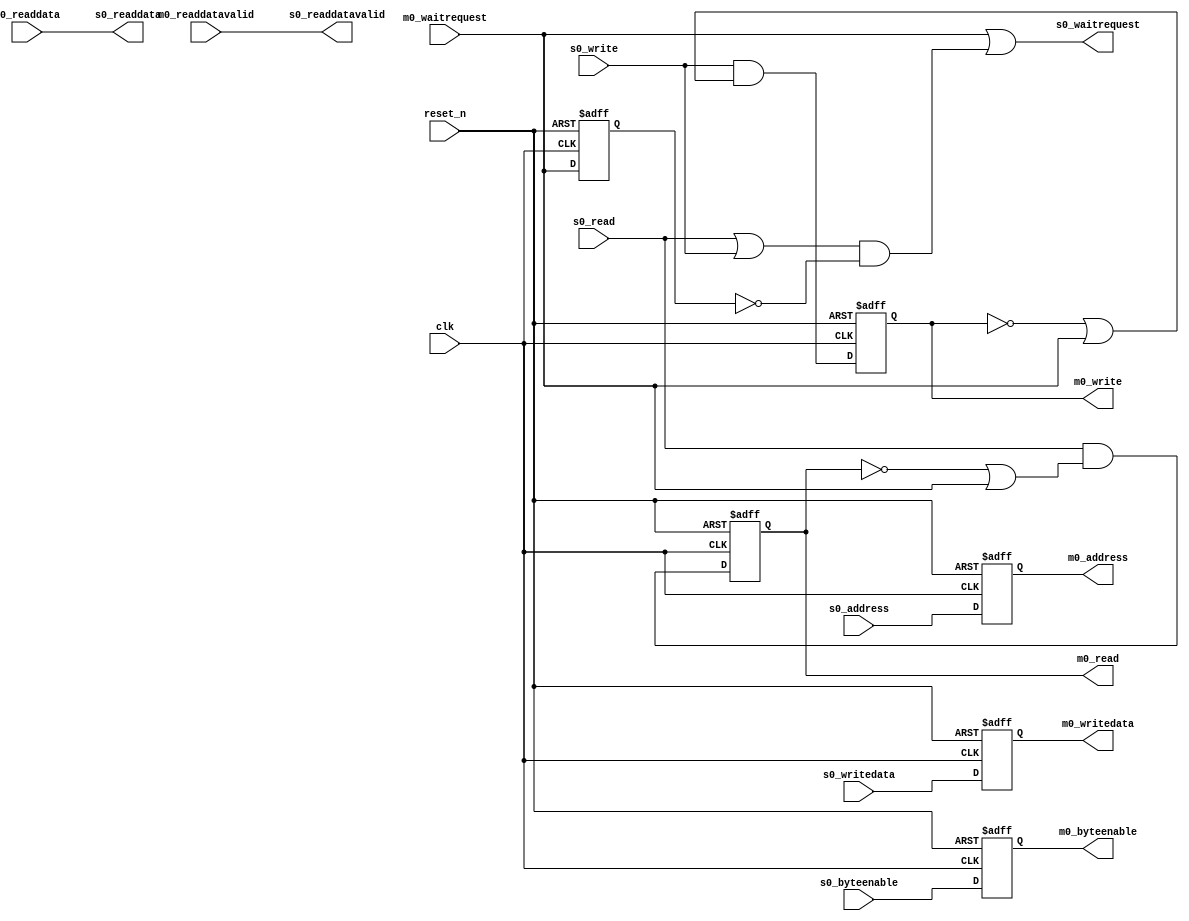
// (C) 2001-2017 Intel Corporation. All rights reserved.
// Your use of Intel Corporation's design tools, logic functions and other 
// software and tools, and its AMPP partner logic functions, and any output 
// files any of the foregoing (including device programming or simulation 
// files), and any associated documentation or information are expressly subject 
// to the terms and conditions of the Intel Program License Subscription 
// Agreement, Intel MegaCore Function License Agreement, or other applicable 
// license agreement, including, without limitation, that your use is for the 
// sole purpose of programming logic devices manufactured by Intel and sold by 
// Intel or its authorized distributors.  Please refer to the applicable 
// agreement for further details.


// (C) 2001-2012 Altera Corporation. All rights reserved.
// Your use of Altera Corporation's design tools, logic functions and other 
// software and tools, and its AMPP partner logic functions, and any output 
// files any of the foregoing (including device programming or simulation 
// files), and any associated documentation or information are expressly subject 
// to the terms and conditions of the Altera Program License Subscription 
// Agreement, Altera MegaCore Function License Agreement, or other applicable 
// license agreement, including, without limitation, that your use is for the 
// sole purpose of programming logic devices manufactured by Altera and sold by 
// Altera or its authorized distributors.  Please refer to the applicable 
// agreement for further details.


// (C) 2001-2011 Altera Corporation. All rights reserved.
// Your use of Altera Corporation's design tools, logic functions and other 
// software and tools, and its AMPP partner logic functions, and any output 
// files any of the foregoing (including device programming or simulation 
// files), and any associated documentation or information are expressly subject 
// to the terms and conditions of the Altera Program License Subscription 
// Agreement, Altera MegaCore Function License Agreement, or other applicable 
// license agreement, including, without limitation, that your use is for the 
// sole purpose of programming logic devices manufactured by Altera and sold by 
// Altera or its authorized distributors.  Please refer to the applicable 
// agreement for further details.




`timescale 1ps/1ps

module seq_altera_mem_if_simple_avalon_mm_bridge (
	clk,
	reset_n,
	s0_address,
	s0_read,
	s0_readdata,
	s0_write,
	s0_writedata,
	s0_waitrequest,
	s0_byteenable,
	s0_readdatavalid,
	m0_address,
	m0_read,
	m0_readdata,
	m0_write,
	m0_writedata,
	m0_waitrequest,
	m0_byteenable,
	m0_readdatavalid
);

    parameter DATA_WIDTH    = 32;
    parameter SYMBOL_WIDTH  = 8;
	parameter ADDRESS_WIDTH = 10;

    localparam BYTEEN_WIDTH = DATA_WIDTH / SYMBOL_WIDTH;

	input clk;
	input reset_n;

	input  [ADDRESS_WIDTH-1:0]  s0_address;
	input                       s0_read;
	output [DATA_WIDTH-1:0]     s0_readdata;
	input                       s0_write;
	input  [DATA_WIDTH-1:0]     s0_writedata;
	output                      s0_waitrequest;
	input  [BYTEEN_WIDTH-1:0]   s0_byteenable;
	output                      s0_readdatavalid;

	output [ADDRESS_WIDTH-1:0]  m0_address;
	output                      m0_read;
	input  [DATA_WIDTH-1:0]     m0_readdata;
	output                      m0_write;
	output [DATA_WIDTH-1:0]     m0_writedata;
	input                       m0_waitrequest;
	output [BYTEEN_WIDTH-1:0]   m0_byteenable;
	input                       m0_readdatavalid;

	reg  [ADDRESS_WIDTH-1:0]    s0_address_r;
	reg                         s0_read_r;
	reg                         s0_write_r;
	reg  [DATA_WIDTH-1:0]       s0_writedata_r;
	reg  [BYTEEN_WIDTH-1:0]     s0_byteenable_r;

	reg                         m0_waitrequest_r;

	always @(posedge clk or negedge reset_n)
	begin
		if (~reset_n) begin
			s0_address_r <= 0;
			s0_read_r <= 0;
			s0_write_r <= 0;
			s0_writedata_r <= 0;
			s0_byteenable_r <= 0;
			
			m0_waitrequest_r <= 0;
		end
		else begin
			s0_address_r <= s0_address;

			s0_read_r <= s0_read & (~s0_read_r | m0_waitrequest);
			s0_write_r <= s0_write & (~s0_write_r | m0_waitrequest);

			s0_writedata_r <= s0_writedata;
			s0_byteenable_r <= s0_byteenable;
			
			m0_waitrequest_r <= m0_waitrequest;
		end
	end

	assign m0_address = s0_address_r;
	assign m0_read = s0_read_r;
	assign m0_write = s0_write_r;
	assign m0_writedata = s0_writedata_r;
	assign m0_byteenable = s0_byteenable_r;



	assign s0_waitrequest = m0_waitrequest | ((s0_read | s0_write) & ~m0_waitrequest_r);
	assign s0_readdata = m0_readdata;
	assign s0_readdatavalid = m0_readdatavalid;
endmodule